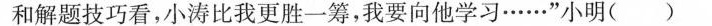
和解题技巧看，小涛比我更胜一筹，我要向他学习……”小明( )